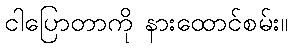
ငါပြောတာကို နားထောင်စမ်း။